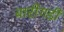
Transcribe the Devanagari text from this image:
बारीगडी